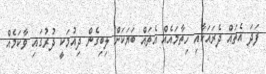
ފަދަ އެތައް ދެރައަކާއި ހިތާމައެއް އެތައް ބަޔަކަށް ލިބިގެން ދިއުމަކީ ދުރުގައި ވާކަމެއް